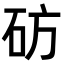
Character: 𬒂